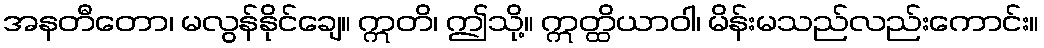
အနတီတော၊ မလွန်နိုင်ချေ။ ဣတိ၊ ဤသို့။ ဣတ္ထိယာဝါ၊ မိန်းမသည်လည်းကောင်း။